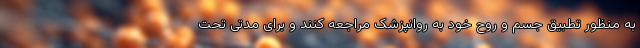
به منظور تطبیق جسم و روح خود به روانپزشک مراجعه کنند و برای مدتی تحت